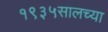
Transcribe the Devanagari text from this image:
१९३५सालच्या